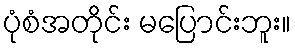
ပုံစံအတိုင်း မပြောင်းဘူး။